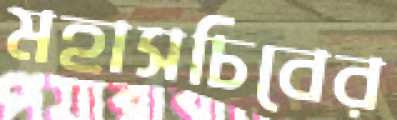
মহাসচিবের